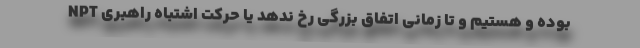
NPT بوده و هستیم و تا زمانی اتفاق بزرگی رخ ندهد یا حرکت اشتباه راهبری